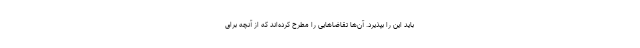
باید این را بپذیرد. آن‌ها تقاضاهایی را مطرح کرده‌اند که از آنچه برای